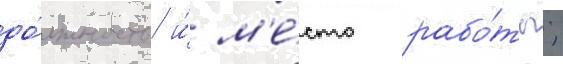
до́лжность и́ м'е́сто рабо́ты;